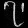
Digit: ၇